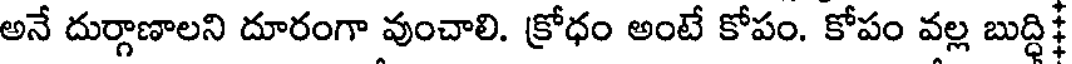
అనే దుర్గాణాలని దూరంగా వుంచాలి. క్రోధం అంటే కోపం. కోపం వల్ల బుద్ధి